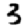
Digit: 3